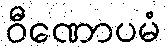
ဝီဏောပမံ